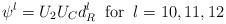
LaTeX: \begin{align*}\psi^{l} = U_{2} U_{C} d_{R}^{l} \; \; {\rm for} \; \; l =10, 11, 12\end{align*}